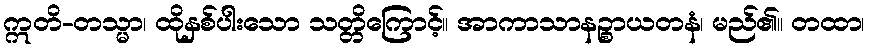
ဣတိ-တသ္မာ၊ ထိုနှစ်ပါးသော သတ္တိကြောင့်။ အာကာသာနဉ္စာယတနံ၊ မည်၏။ တထာ၊